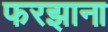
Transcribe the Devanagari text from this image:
फरझाना